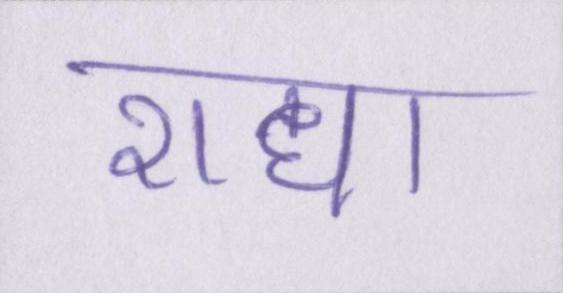
राधा